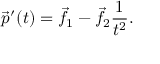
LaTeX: { \vec { p } } ^ { \prime } ( t ) = { \vec { f } } _ { 1 } - { \vec { f } } _ { 2 } { \frac { 1 } { t ^ { 2 } } } .